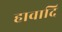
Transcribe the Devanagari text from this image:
हावादि